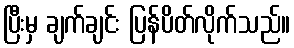
ပြီးမှ ချက်ချင်း ပြန်ပိတ်လိုက်သည်။